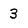
Character: 3